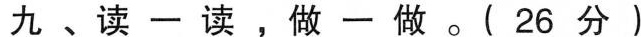
九、读一读，做一做。(26分)